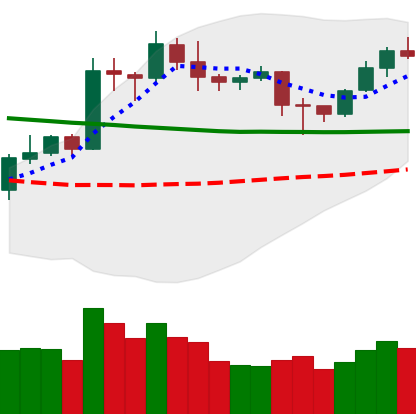
Ticker: LTC-USD
Chart end date: 2020-01-29
Forward return: 16.149%
Label: up_7plus